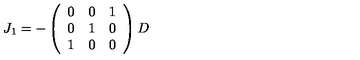
J _ { 1 } = - \left( \begin{array} { c c c } { 0 } & { 0 } & { 1 } \\ { 0 } & { 1 } & { 0 } \\ { 1 } & { 0 } & { 0 } \\ \end{array} \right) D